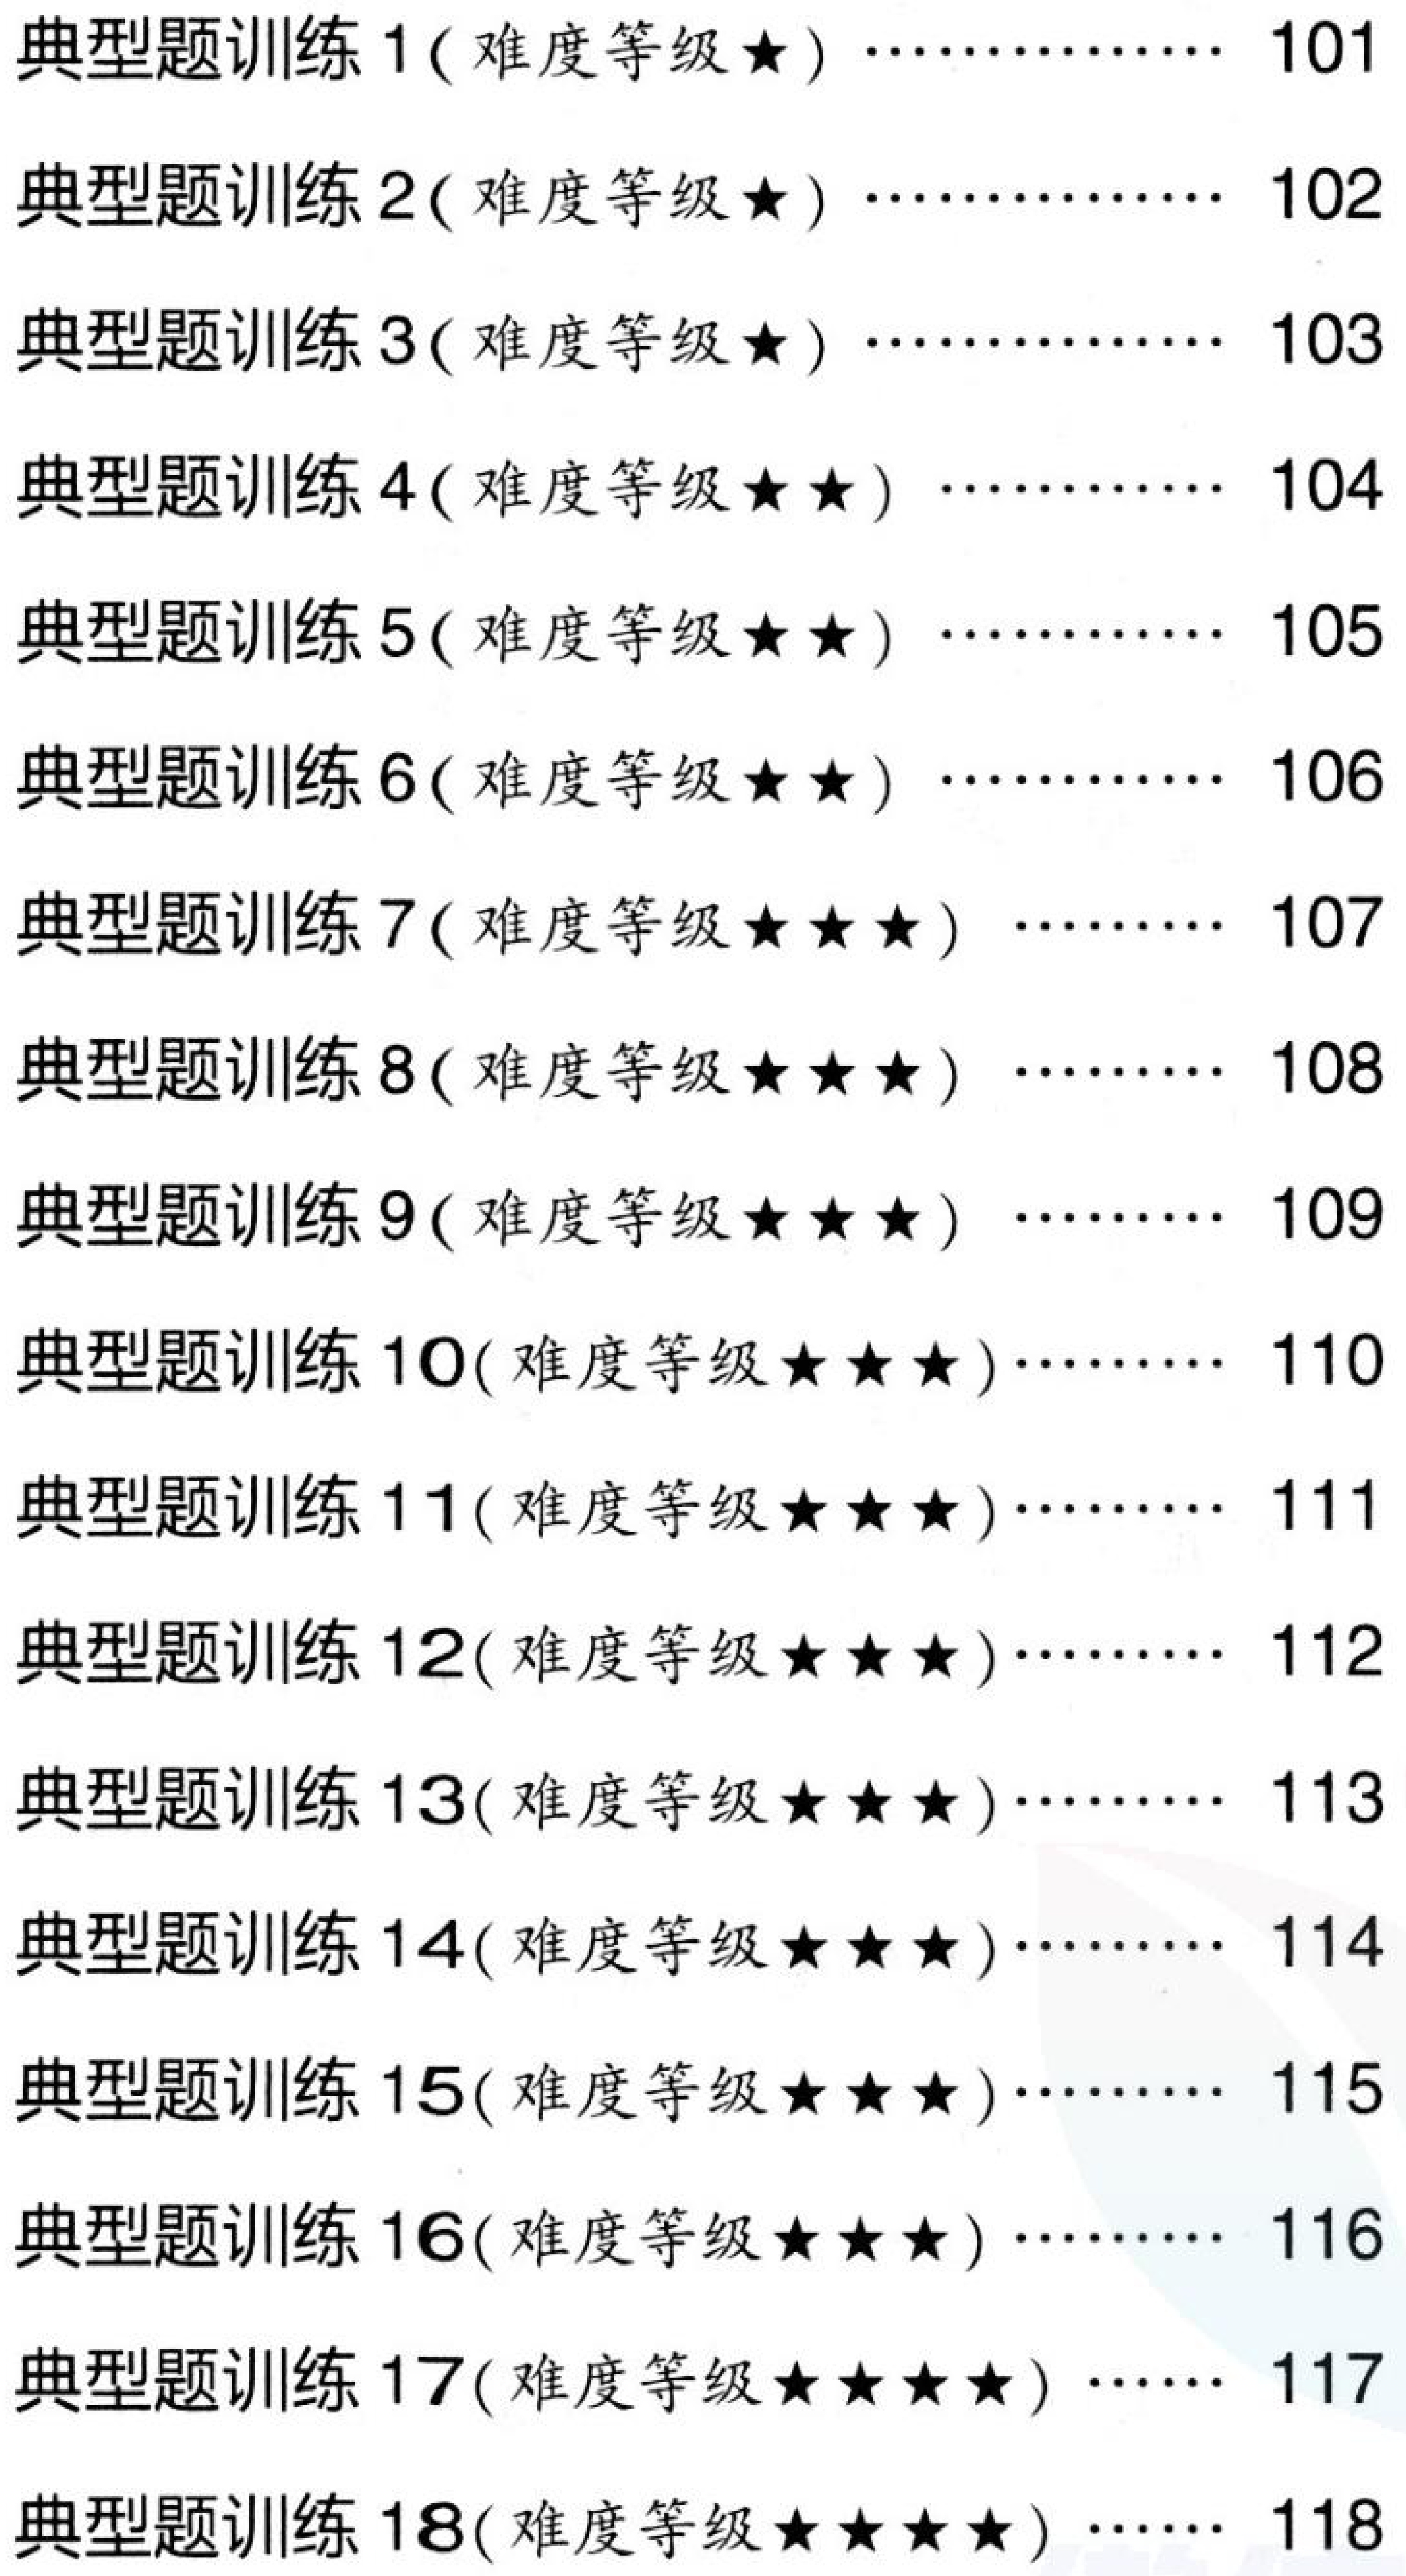
典型题训练1(难度等级$\star$)………… 101
典型题训练2(难度等级$\star$)………… 102
典型题训练3(难度等级$\star$)………… 103
典型题训练4(难度等级$\star\star$)………… 104
典型题训练5(难度等级$\star\star$)………… 105
典型题训练6(难度等级$\star\star$)………… 106
典型题训练7(难度等级$\star\star\star$)……… 107
典型题训练8(难度等级$\star\star\star$)……… 108
典型题训练9(难度等级$\star\star\star$)……… 109
典型题训练10(难度等级$\star\star\star$)……… 110
典型题训练11(难度等级$\star\star\star$)……… 111
典型题训练12(难度等级$\star\star\star$)……… 112
典型题训练13(难度等级$\star\star\star$)……… 113
典型题训练14(难度等级$\star\star\star$)……… 114
典型题训练15(难度等级$\star\star\star$)……… 115
典型题训练16(难度等级$\star\star\star$)………… 116
典型题训练17(难度等级$\star\star\star\star$)…… 117
典型题训练18(难度等级$\star\star\star\star$)…… 118